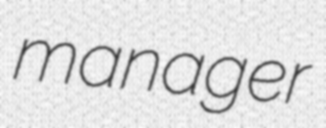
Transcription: manager